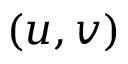
( u , v )